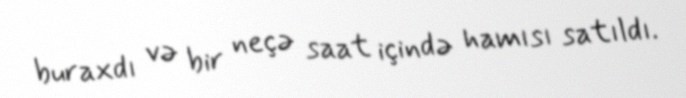
buraxdı və bir neçə saat içində hamısı satıldı.